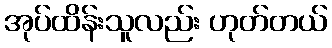
အုပ်ထိန်းသူလည်း ဟုတ်တယ်